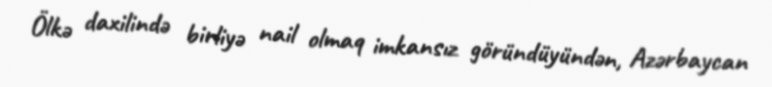
Ölkə daxilində birliyə nail olmaq imkansız göründüyündən, Azərbaycan